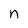
Character: n